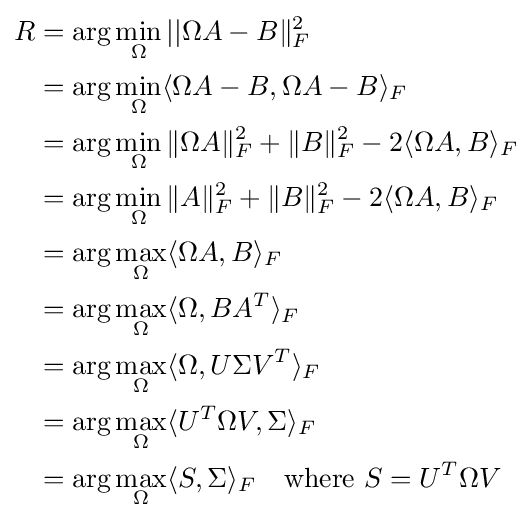
{\begin{aligned}R&=\arg \min _{\Omega }||\Omega A-B\|_{F}^{2}\\&=\arg \min _{\Omega }\langle \Omega A-B,\Omega A-B\rangle _{F}\\&=\arg \min _{\Omega }\|\Omega A\|_{F}^{2}+\|B\|_{F}^{2}-2\langle \Omega A,B\rangle _{F}\\&=\arg \min _{\Omega }\|A\|_{F}^{2}+\|B\|_{F}^{2}-2\langle \Omega A,B\rangle _{F}\\&=\arg \max _{\Omega }\langle \Omega A,B\rangle _{F}\\&=\arg \max _{\Omega }\langle \Omega ,BA^{T}\rangle _{F}\\&=\arg \max _{\Omega }\langle \Omega ,U\Sigma V^{T}\rangle _{F}\\&=\arg \max _{\Omega }\langle U^{T}\Omega V,\Sigma \rangle _{F}\\&=\arg \max _{\Omega }\langle S,\Sigma \rangle _{F}\quad {\text{where }}S=U^{T}\Omega V\\\end{aligned}}